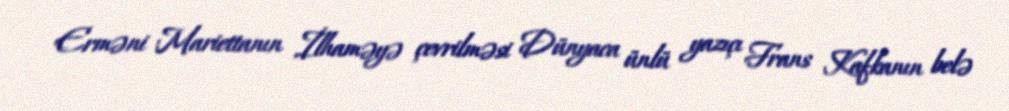
Erməni Mariettanın İlhaməyə çevrilməsi Dünyaca ünlü yazıçı Frans Kafkanın belə